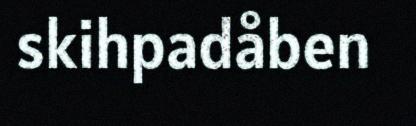
skihpadåben